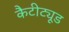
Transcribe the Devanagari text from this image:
कैटीट्यूड